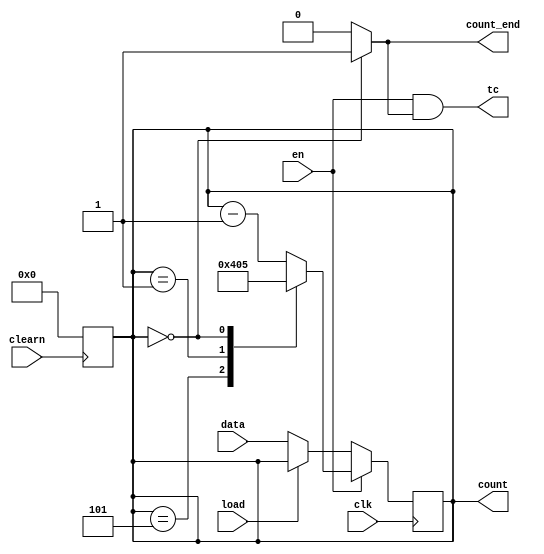
module count_mod6 ( input wire [3:0] data, input wire clk, input wire load, input wire en, input wire clearn, 
                    output reg [3:0] count, output wire tc, output wire count_end );

  always @(negedge clearn) 
  begin
    count <= 4'b0000;
  end

  assign count_end = (count == 4'b0000) ? 1'b1 : 1'b0;
  assign tc = en & count_end;

  always @(posedge clk)
  begin
    if (en) 
      case (count)
        4'b0101:
        begin 
          count <= 4'b0100; 
        end
        
        4'b0001:
        begin
           count <= 4'b0000;
        end
        
        4'b0000:
        begin
           count <= 4'b0101;
        end
        
        default: count <= count - 4'b0001;
      endcase
    else begin 
      if (!load)
        count <= data;
    end
  end
endmodule